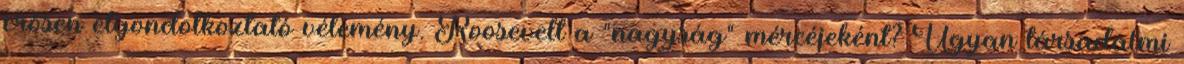
erősen elgondolkoztató vélemény. Roosevelt a "nagyság" mércéjeként? Ugyan társadalmi